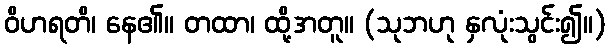
ဝိဟရတိ၊ နေ၏။ တထာ၊ ထို့အတူ။ (သုဘဟု နှလုံးသွင်း၍။)